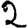
Digit: 2